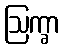
ဩက္ခာ